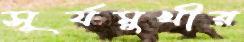
সূর্যমুখীর